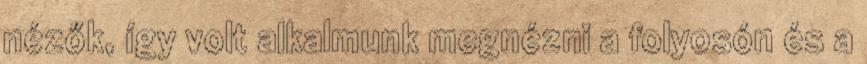
nézők, így volt alkalmunk megnézni a folyosón és a